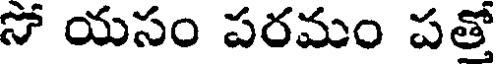
సో యసం పరమం పత్తో